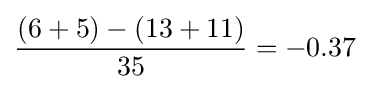
{\frac {(6+5)-(13+11)}{35}}=-0.37